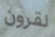
لقرون